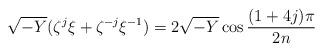
LaTeX: \begin{align*}\sqrt{-Y} (\zeta^j\xi + \zeta^{-j}\xi^{-1})= 2\sqrt{-Y} \cos \frac{(1+4j)\pi}{2n}\end{align*}